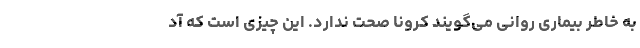
به خاطر بیماری روانی می‌گویند کرونا صحت ندارد. این چیزی است که آد